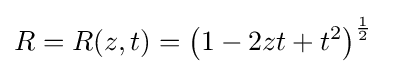
R=R(z,t)=\left(1-2zt+t^{2}\right)^{\frac {1}{2}}~